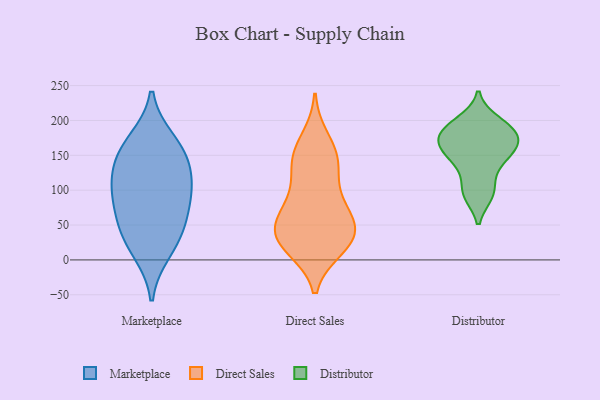
{"axis": {"x": "Churn Rate (%)", "y": "Value"}, "legend": ["Direct Sales", "Distributor", "Marketplace"], "data": [{"x": "", "y": 47, "type": "Marketplace"}, {"x": "", "y": 155, "type": "Marketplace"}, {"x": "", "y": 36, "type": "Marketplace"}, {"x": "", "y": 101, "type": "Marketplace"}, {"x": "", "y": 119, "type": "Marketplace"}, {"x": "", "y": 75, "type": "Marketplace"}, {"x": "", "y": 97, "type": "Marketplace"}, {"x": "", "y": 170, "type": "Marketplace"}, {"x": "", "y": 13, "type": "Marketplace"}, {"x": "", "y": 147, "type": "Marketplace"}, {"x": "", "y": 52, "type": "Direct Sales"}, {"x": "", "y": 141, "type": "Direct Sales"}, {"x": "", "y": 45, "type": "Direct Sales"}, {"x": "", "y": 44, "type": "Direct Sales"}, {"x": "", "y": 151, "type": "Direct Sales"}, {"x": "", "y": 145, "type": "Direct Sales"}, {"x": "", "y": 29, "type": "Direct Sales"}, {"x": "", "y": 126, "type": "Direct Sales"}, {"x": "", "y": 20, "type": "Direct Sales"}, {"x": "", "y": 41, "type": "Direct Sales"}, {"x": "", "y": 89, "type": "Direct Sales"}, {"x": "", "y": 74, "type": "Direct Sales"}, {"x": "", "y": 17, "type": "Direct Sales"}, {"x": "", "y": 24, "type": "Direct Sales"}, {"x": "", "y": 174, "type": "Direct Sales"}, {"x": "", "y": 80, "type": "Direct Sales"}, {"x": "", "y": 144, "type": "Distributor"}, {"x": "", "y": 157, "type": "Distributor"}, {"x": "", "y": 94, "type": "Distributor"}, {"x": "", "y": 169, "type": "Distributor"}, {"x": "", "y": 190, "type": "Distributor"}, {"x": "", "y": 95, "type": "Distributor"}, {"x": "", "y": 199, "type": "Distributor"}, {"x": "", "y": 188, "type": "Distributor"}, {"x": "", "y": 159, "type": "Distributor"}, {"x": "", "y": 177, "type": "Distributor"}, {"x": "", "y": 167, "type": "Distributor"}, {"x": "", "y": 146, "type": "Distributor"}, {"x": "", "y": 175, "type": "Distributor"}, {"x": "", "y": 127, "type": "Distributor"}, {"x": "", "y": 97, "type": "Distributor"}, {"x": "", "y": 193, "type": "Distributor"}]}